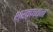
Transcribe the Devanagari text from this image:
श्रवणवन